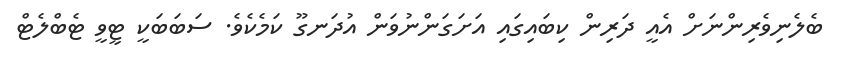
ބެލެނިވެރިންނަށް އެއީ ދަރިން ކިބައިގައި އަށަގަންނުވަން އުދަނގޫ ކަމެކެވެ. ސަބަބަކީ ޓީވީ ޓެބްލެޓް